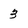
Character: 3